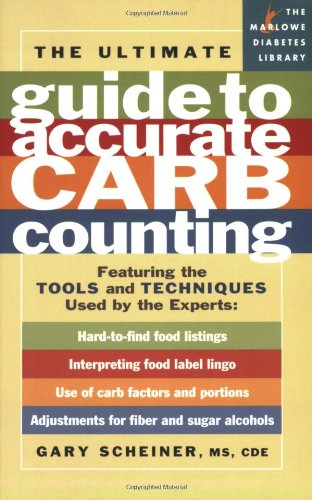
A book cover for The Ultimate Guide to Accurate Carb Counting: Featuring the Tools and Techniques Used by the Experts (Marlowe Diabetes Library); M.S. Gary Scheiner M.S.; Health, Fitness & Dieting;